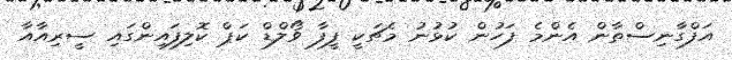
އަފްގާނިސްތާން އެންމެ ފަހުން ކުޅުނު މެޗަކީ ފީފާ ވޯލްޑް ކަޕް ކޮލިފައިންގައި ސީރިއާއާ